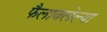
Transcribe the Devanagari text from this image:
फैलावलेल्या